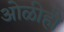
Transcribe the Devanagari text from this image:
ओळीही